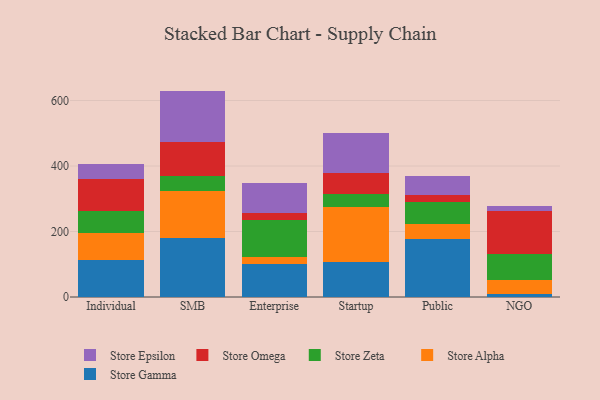
{"axis": {"x": "Segment", "y": "Shipments"}, "legend": ["Store Alpha", "Store Epsilon", "Store Gamma", "Store Omega", "Store Zeta"], "data": [{"x": "Individual", "y": 112.3, "type": "Store Gamma"}, {"x": "Individual", "y": 83.5, "type": "Store Alpha"}, {"x": "Individual", "y": 66.4, "type": "Store Zeta"}, {"x": "Individual", "y": 99.3, "type": "Store Omega"}, {"x": "Individual", "y": 43.7, "type": "Store Epsilon"}, {"x": "SMB", "y": 179.8, "type": "Store Gamma"}, {"x": "SMB", "y": 142.8, "type": "Store Alpha"}, {"x": "SMB", "y": 46.9, "type": "Store Zeta"}, {"x": "SMB", "y": 104.4, "type": "Store Omega"}, {"x": "SMB", "y": 155.6, "type": "Store Epsilon"}, {"x": "Enterprise", "y": 100.9, "type": "Store Gamma"}, {"x": "Enterprise", "y": 20.0, "type": "Store Alpha"}, {"x": "Enterprise", "y": 114.4, "type": "Store Zeta"}, {"x": "Enterprise", "y": 20.5, "type": "Store Omega"}, {"x": "Enterprise", "y": 91.1, "type": "Store Epsilon"}, {"x": "Startup", "y": 107.2, "type": "Store Gamma"}, {"x": "Startup", "y": 168.5, "type": "Store Alpha"}, {"x": "Startup", "y": 37.6, "type": "Store Zeta"}, {"x": "Startup", "y": 64.6, "type": "Store Omega"}, {"x": "Startup", "y": 123.2, "type": "Store Epsilon"}, {"x": "Public", "y": 176.2, "type": "Store Gamma"}, {"x": "Public", "y": 47.8, "type": "Store Alpha"}, {"x": "Public", "y": 65.0, "type": "Store Zeta"}, {"x": "Public", "y": 24.0, "type": "Store Omega"}, {"x": "Public", "y": 57.1, "type": "Store Epsilon"}, {"x": "NGO", "y": 8.3, "type": "Store Gamma"}, {"x": "NGO", "y": 43.4, "type": "Store Alpha"}, {"x": "NGO", "y": 79.6, "type": "Store Zeta"}, {"x": "NGO", "y": 131.2, "type": "Store Omega"}, {"x": "NGO", "y": 14.5, "type": "Store Epsilon"}]}